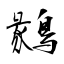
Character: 鶨